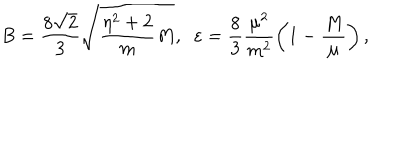
B = \frac { 8 \sqrt { 2 } } { 3 } \sqrt { \frac { \eta ^ { 2 } + 2 } { m } M } , \; \; \varepsilon = \frac { 8 } { 3 } \frac { \mu ^ { 2 } } { m ^ { 2 } } \left( 1 - \frac { M } { \mu } \right) ,